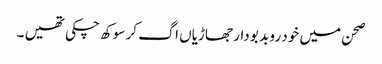
صحن میں خود رو بد بو دار جھاڑیاں اگ کر سوکھ چکی تھیں ۔